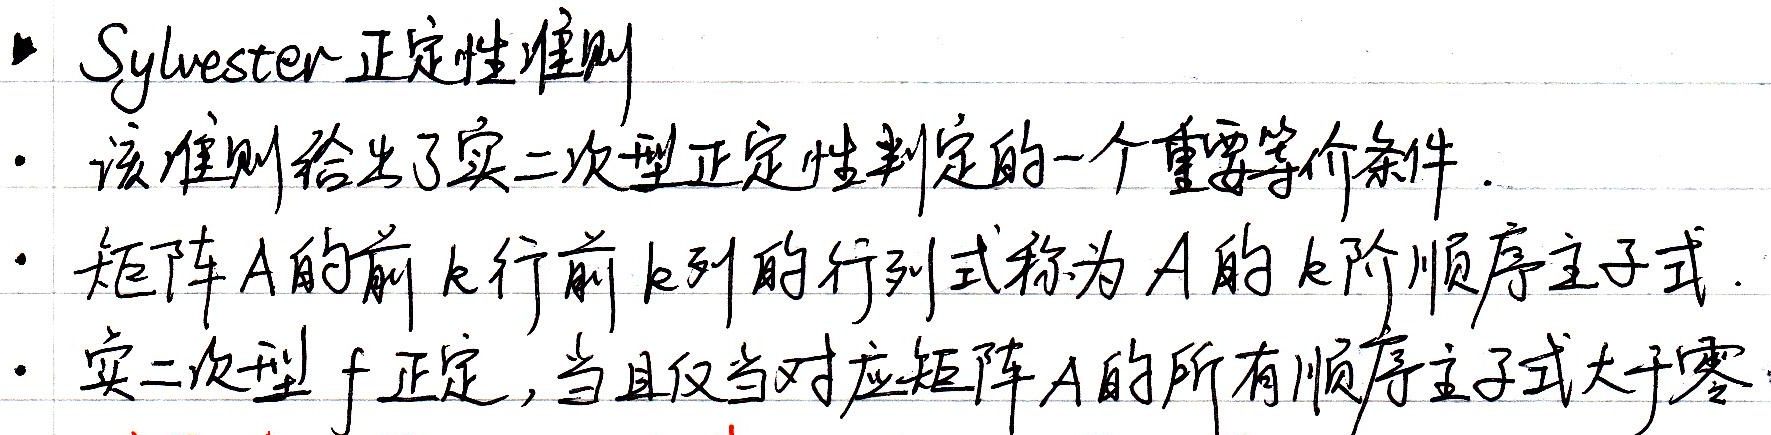
- Sylvester 正定性准则：该准则给出了实二次型正定性判定的一个重要等价条件。
- 矩阵\(A\)的前\(k\)行前\(k\)列的行列式称为\(A\)的\(k\)阶顺序主子式。
- 实二次型\(f\)正定，当且仅当对应矩阵\(A\)的所有顺序主子式大于零。